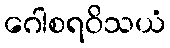
ဂေါစရဝိသယံ